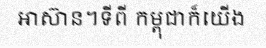
អាស៊ាន។ទីពី កម្ពុជាក៏យើង